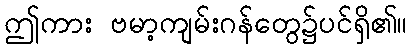
ဤကား ဗမာ့ကျမ်းဂန်တွေ၌ပင်ရှိ၏။